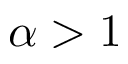
\alpha > 1